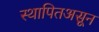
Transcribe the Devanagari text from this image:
स्थापितअसून